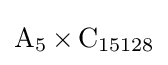
\operatorname {A} _{5}\times \operatorname {C} _{15128}